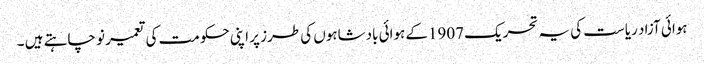
ہوائی آزاد ریاست کی یہ تحریک 1907کے ہوائی بادشاہوں کی طرز پر اپنی حکومت کی تعمیر نو چاہتے ہیں ۔